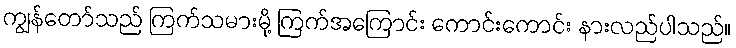
ကျွန်တော်သည် ကြက်သမားမို့ ကြက်အကြောင်း ကောင်းကောင်း နားလည်ပါသည်။